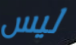
ليس